画像に写った文字を読んでください
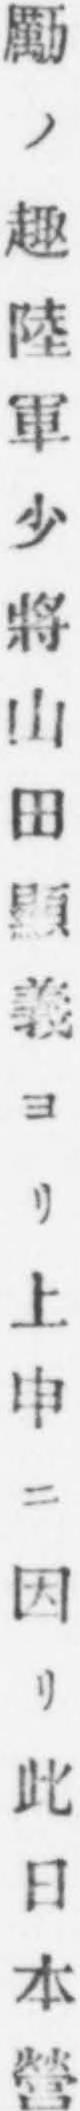
「勵ノ趣陸軍少將山田顯義ヨリ上申ニ因リ此日本營」と書いてあります